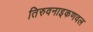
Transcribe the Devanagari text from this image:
तिरुवनाइकणवल